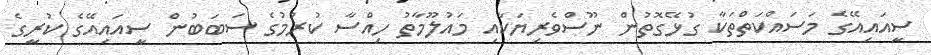
ސީއައިއޭގެ މަސައްކަތްތަކާ ގުޅޭގޮތުން ނޫސްވެރިޔަކާއި މައުލޫމާތު ހިއްސާ ކުރުމުގެ ސަބަބުން ސީއައިއޭގެ ކުރީގެ